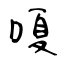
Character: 嗄